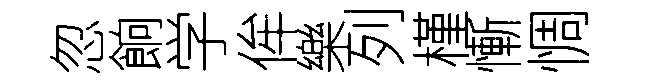
忽餉学侔樂列槿慚惆